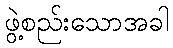
ဖွဲ့စည်းသောအခါ